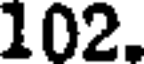
102.